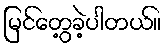
မြင်တွေ့ခဲ့ပါတယ်။